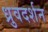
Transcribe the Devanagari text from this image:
ध्रुवदर्शन